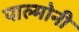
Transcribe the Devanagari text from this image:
पाल्मोनी